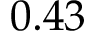
0 . 4 3